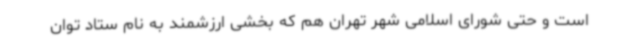
است و حتی شورای اسلامی شهر تهران هم که بخشی ارزشمند به نام ستاد توان